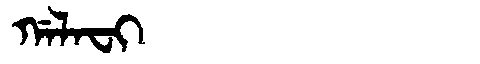
Manchu: ᡤᠠᠯᠠᠸᡳ
Romanization: GALAFI